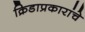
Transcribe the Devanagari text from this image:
क्रिडाप्रकारांचे